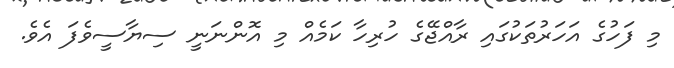
މި ފަހުގެ އަހަރުތަކުގައި ރާއްޖޭގެ ހުރިހާ ކަމެއް މި އޮންނަނީ ސިޔާސީވެފަ އެވެ.